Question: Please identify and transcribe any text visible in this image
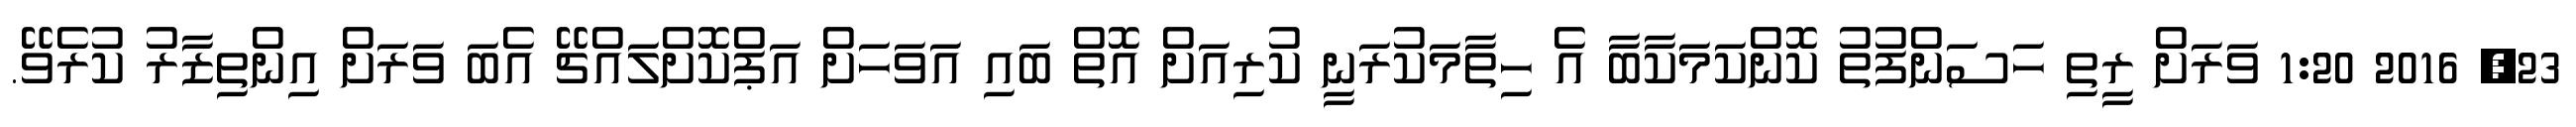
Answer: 23, 2016 1:20 ވަރަށް ރީތި ހަސަންފުތު ކޮންކަމަކާބާ އެ ހިތާމަކުރަނީ ކުރިއަށް އޮތް ބައި އަވަހަށް އަޕްކޮށްލައްޗޭ އެބަ ވަރަށް އިންތިޒާރު ކުރެވޭ.